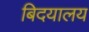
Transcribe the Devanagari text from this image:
बिदयालय